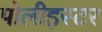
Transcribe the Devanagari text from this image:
पोलीइस्टर